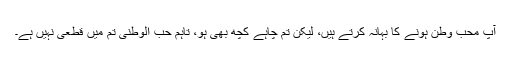
آپ محب وطن ہونے کا بہانہ کرتے ہیں، لیکن تم چاہے کچھ بھی ہو، تاہم حب الوطنی تم میں قطعی نہیں ہے۔